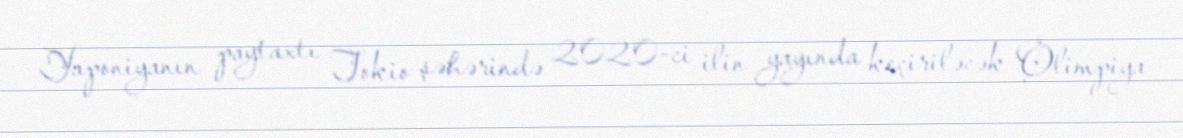
Yaponiyanın paytaxtı Tokio şəhərində 2020-ci ilin yayında keçiriləcək Olimpiya